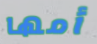
أمها